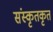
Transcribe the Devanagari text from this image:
संस्कृतकृत